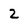
Character: 2